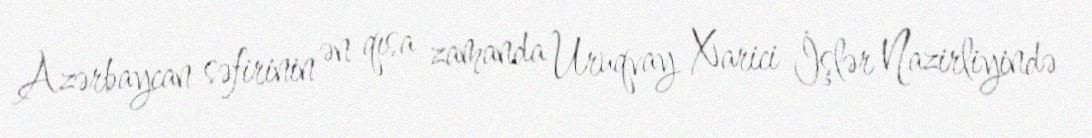
Azərbaycan səfirinin ən qısa zamanda Uruqvay Xarici İşlər Nazirliyində